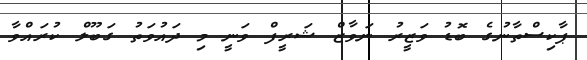
ޕާކިސްތާނުގެ ބޮޑު ވަޒީރު ނަވާޒް ޝަރީފް ވަނީ މި ދައުވަތު ގަބޫލް ކުރައްވާ